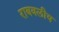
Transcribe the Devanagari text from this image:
राबवलीय